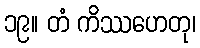
၁၉။ တံ ကိဿဟေတု၊